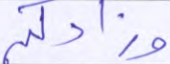
تقسموا